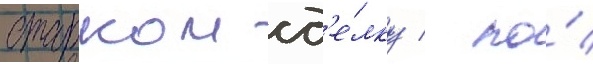
старком сд'е́лку / по́